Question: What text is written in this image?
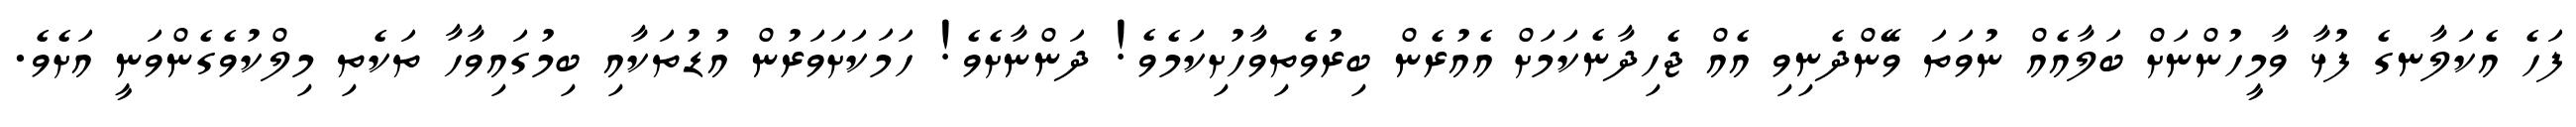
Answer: ފަހެ އެކަލާނގެ ފުޅާ ވާމީހުންނަށް ބަލާއެއް ނުވަތަ ވޭންދެނިވި އެއް ޖެހިދާނެކަމަށް އެއުރެން ބިރުވެތިވާހުށިކަމެވެ! ދަންނާށެވެ! ހަމަކަށަވަރުން އުޑުތަކާއި ބިމުގައިވާހާ ތަކެތި މިލްކުވެގެންވަނީ އަށެވެ.